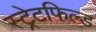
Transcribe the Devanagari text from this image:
स्ट्रेटफिल्ड